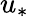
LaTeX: u_{*}